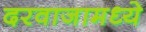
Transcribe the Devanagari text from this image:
दरवाजामध्ये